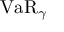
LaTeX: \operatorname { V a R } _ { \gamma }